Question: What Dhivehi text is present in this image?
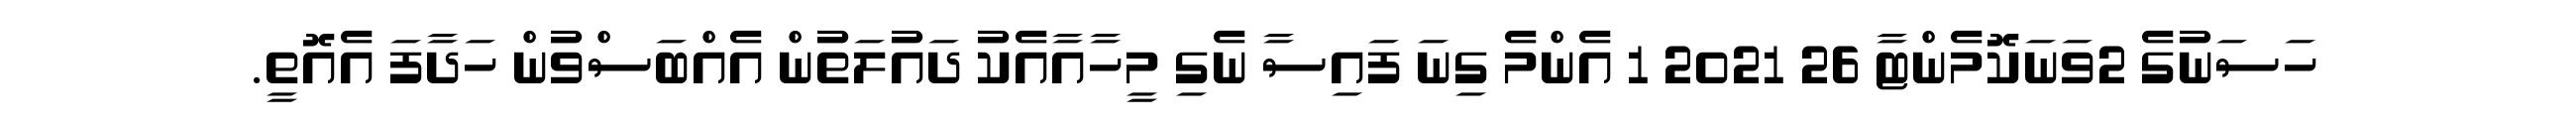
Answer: ހަސަނުގެ 2ވަނަކޮމެންޓާ 26 2021 1 އެންމެ ގިނަ ފައިސާ ނެގި މީހާއާއެކު ދައުލަތުން އެއްބަސްވުން ހަދާފަ އެއޮތީ.